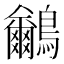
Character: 𪈕